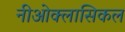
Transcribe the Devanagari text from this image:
नीओक्लासिकल